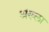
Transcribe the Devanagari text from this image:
श्रंख्ला